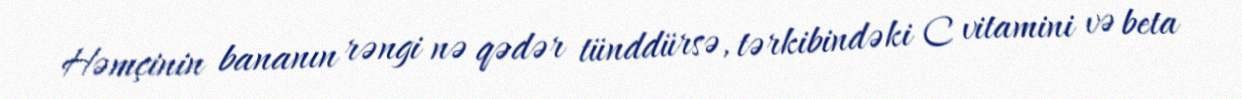
Həmçinin bananın rəngi nə qədər tünddürsə, tərkibindəki C vitamini və beta